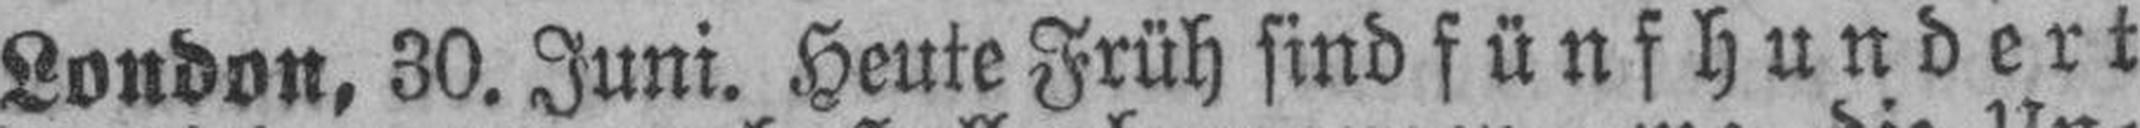
London, 30. Juni. Heute Früh sind fünfhundert